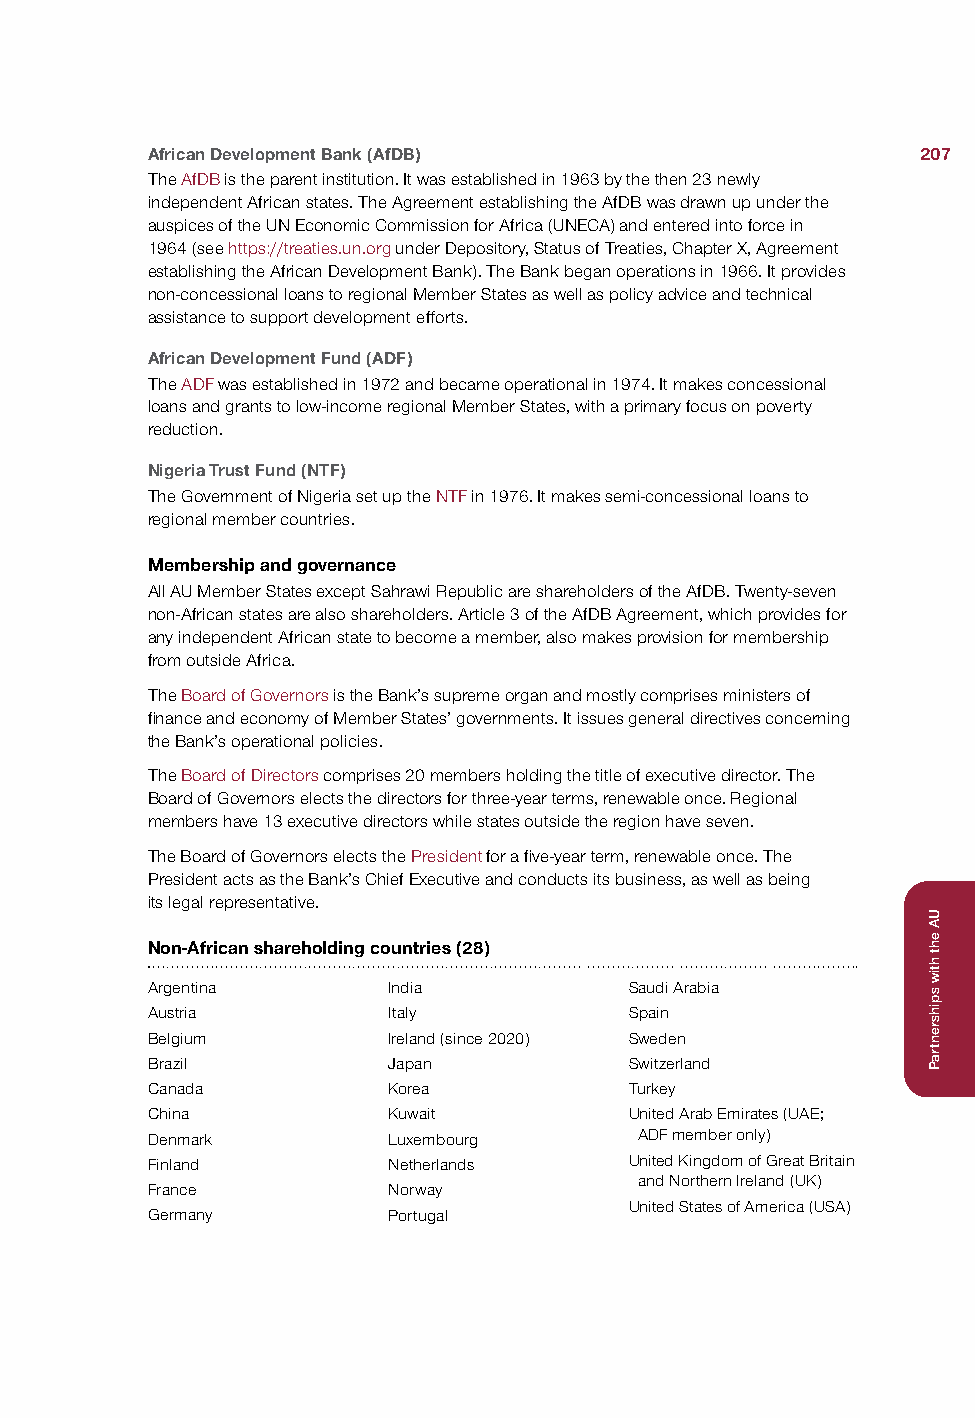
African Development Bank (AfDB)                    207
 The AfDB is the parent institution. It was established in 1963 by the then 23 newly
 independent African states. The Agreement establishing the AfDB was drawn up under the
 auspices of the UN Economic Commission for Africa (UNECA) and entered into force in
 1964 (see https://treaties.un.org under Depository, Status of Treaties, Chapter X, Agreement
 establishing the African Development Bank). The Bank began operations in 1966. It provides
 non-concessional loans to regional Member States as well as policy advice and technical
 assistance to support development efforts.
 African Development Fund (ADF)
 The ADF was established in 1972 and became operational in 1974. It makes concessional
 loans and grants to low-income regional Member States, with a primary focus on poverty
 reduction.
 Nigeria Trust Fund (NTF)
 The Government of Nigeria set up the NTF in 1976. It makes semi-concessional loans to
 regional member countries.
 Membership and governance
 All AU Member States except Sahrawi Republic are shareholders of the AfDB. Twenty-seven
 non-African states are also shareholders. Article 3 of the AfDB Agreement, which provides for
 any independent African state to become a member, also makes provision for membership
 from outside Africa.
 The Board of Governors is the Bank’s supreme organ and mostly comprises ministers of
 finance and economy of Member States’ governments. It issues general directives concerning
 the Bank’s operational policies.
 The Board of Directors comprises 20 members holding the title of executive director. The
 Board of Governors elects the directors for three-year terms, renewable once. Regional
 members have 13 executive directors while states outside the region have seven.
 The Board of Governors elects the President for a five-year term, renewable once. The
 President acts as the Bank’s Chief Executive and conducts its business, as well as being
 its legal representative.
 Non-African shareholding countries (28)
 Argentina       India           Saudi Arabia
 Austria         Italy           Spain
 Belgium         Ireland (since 2020) Sweden
 Brazil          Japan           Switzerland
 Canada          Korea           Turkey
 China           Kuwait          United Arab Emirates (UAE;
 Denmark         Luxembourg      ADF member only)
 Finland         Netherlands     United Kingdom of Great Britain
 and Northern Ireland (UK)
 France          Norway
 United States of America (USA)
 Germany         Portugal
 UA
 eht
 htiw
 spihsrentraP